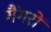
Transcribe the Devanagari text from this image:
गैंगरों